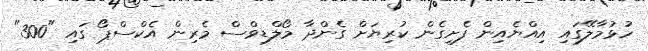
ހުޅުމާލޭގައި އިއްޔެއިން ފެށިގެން ކުރިޔަށް ގެންދާ މޯލްޑިވްސް މެރިން އެކްސްޕޯ ގައި "300"